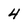
Character: 4